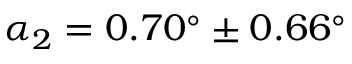
\alpha _ { 2 } = 0 . 7 0 ^ { \circ } \pm 0 . 6 6 ^ { \circ }